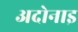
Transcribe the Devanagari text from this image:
अदोनाइ